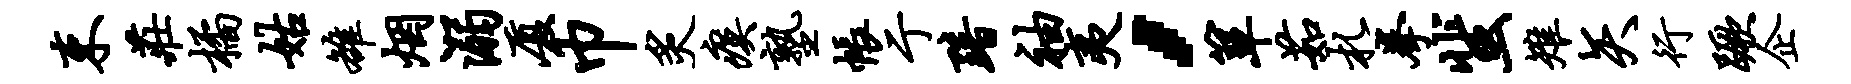
束庄橘姑雒烟溺厦巾炙瘼塾帐亍黯袖夷，箪茹札拳蜚雉矢行蹶企